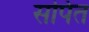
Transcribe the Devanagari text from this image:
सर्पित